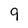
Character: 9